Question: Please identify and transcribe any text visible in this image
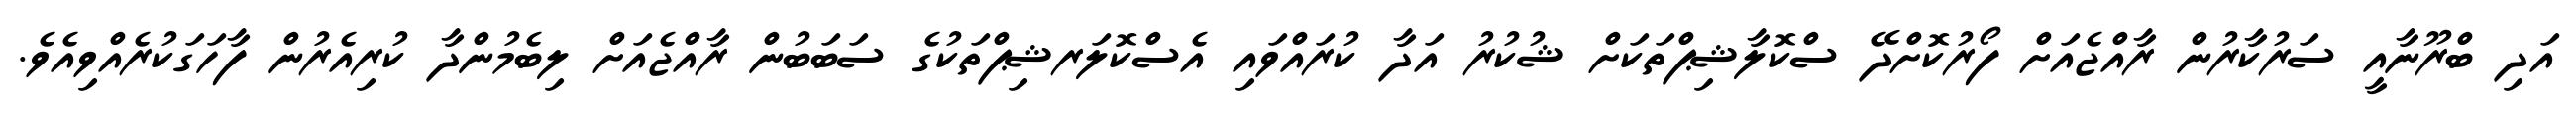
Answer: އަދި ބްރޫނާއީ ސަރުކާރުން ރާއްޖެއަށް ފޯރުކޮށްދޭ ސްކޮލާޝިޕްތަކަށް ޝުކުރު އަދާ ކުރައްވައި އެސްކޮލަރޝިޕްތަކުގެ ސަބަބުން ރާއްޖެއަށް ލިބެމުންދާ ކުރިއެރުން ފާހަގަކުރެއްވިއެވެ.